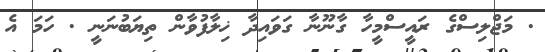
. މަޖްލިސްގެ ރައީސްމީހާ ގާނޫނާ ގަވައިދާ ޚިލާފުވާން ތިޔަބުނަނީ . ހަމަ އެ